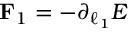
\mathbf { F } _ { 1 } = - \partial _ { \boldsymbol { \ell } _ { 1 } } E